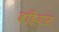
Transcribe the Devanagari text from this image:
बड़ियास